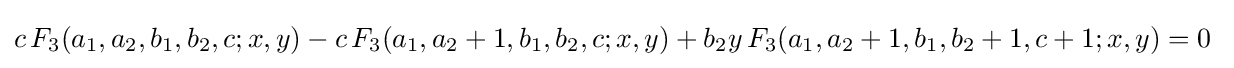
c\,F_{3}(a_{1},a_{2},b_{1},b_{2},c;x,y)-c\,F_{3}(a_{1},a_{2}+1,b_{1},b_{2},c;x,y)+b_{2}y\,F_{3}(a_{1},a_{2}+1,b_{1},b_{2}+1,c+1;x,y)=0~